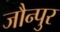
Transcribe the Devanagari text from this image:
जौन्पुर